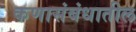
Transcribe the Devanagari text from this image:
कणासंबंधातील